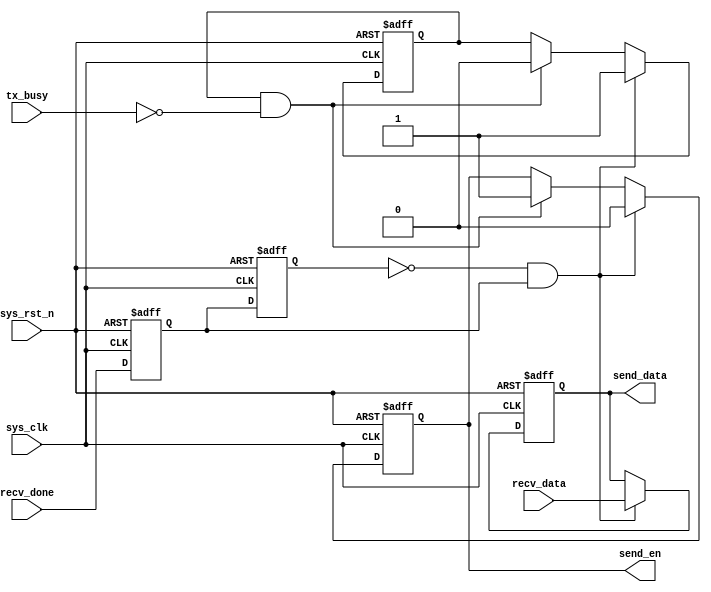
// This program was cloned from: https://github.com/bunny965/yolov5-fpga-hardware-acceleration
// License: GNU General Public License v3.0

//****************************************Copyright (c)***********************************//
//www.yuanzige.com
//www.openedv.com
//http://openedv.taobao.com 
//""ZYNQ & FPGA & STM32 & LINUX
//
//Copyright(C)  2018-2028
//All rights reserved	                               
//----------------------------------------------------------------------------------------
// File name:           uart_loop
// Last modified Date:  2019/10/8 17:25:36
// Last Version:        V1.1
// Descriptions:        
//----------------------------------------------------------------------------------------
// Created by:          
// Created date:        2019/10/8 17:25:36
// Version:             V1.0
// Descriptions:        The original version
//
//----------------------------------------------------------------------------------------
//****************************************************************************************//

module uart_loop(
    input	         sys_clk,                   //
    input            sys_rst_n,                 //
     
    input            recv_done,                 //
    input      [7:0] recv_data,                 //
     
    input            tx_busy,                   //      
    output reg       send_en,                   //
    output reg [7:0] send_data                  //
    );

//reg define
reg recv_done_d0;
reg recv_done_d1;
reg tx_ready;

//wire define
wire recv_done_flag;

//*****************************************************
//**                    main code
//*****************************************************

//recv_done
assign recv_done_flag = (~recv_done_d1) & recv_done_d0;
                                                 
//recv_done
always @(posedge sys_clk or negedge sys_rst_n) begin         
    if (!sys_rst_n) begin
        recv_done_d0 <= 1'b0;                                  
        recv_done_d1 <= 1'b0;
    end                                                      
    else begin                                               
        recv_done_d0 <= recv_done;                               
        recv_done_d1 <= recv_done_d0;                            
    end
end

//
always @(posedge sys_clk or negedge sys_rst_n) begin         
    if (!sys_rst_n) begin
        tx_ready  <= 1'b0; 
        send_en   <= 1'b0;
        send_data <= 8'd0;
    end                                                      
    else begin                                               
        if(recv_done_flag)begin                 //
            tx_ready  <= 1'b1;                  //
            send_en   <= 1'b0;
            send_data <= recv_data;             //
        end
        else if(tx_ready && (~tx_busy)) begin   //
            tx_ready <= 1'b0;                   //
            send_en  <= 1'b1;                   //
        end
    end
end

endmodule